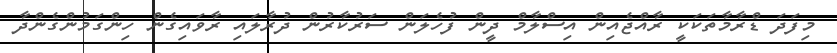
މިފަދަ ޑްރާމާތަކަކީ ރާއްޖެއިން އިސްލާމް ދީން ފުހެލަން ސަރުކާރުން ދުރާލައި ރާވައިގެން ހިންގަމުންގެންދާ